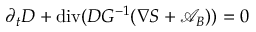
\partial _ { t } D + \operatorname { d i v } ( D G ^ { - 1 } ( \nabla S + { \mathcal { A } } _ { B } ) ) = 0